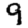
Digit: 9